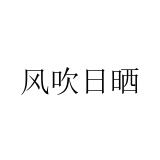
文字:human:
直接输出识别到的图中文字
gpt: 风吹日晒